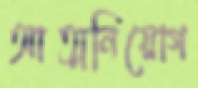
আত্মনিয়োগ